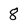
Character: 8